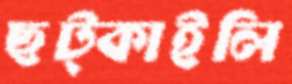
ছট্‌কাইলি